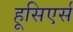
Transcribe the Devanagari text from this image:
हूसिएर्स